system: You are a helpful assistant.
user:
Analyze the provided spectrum to determine if it is a **Carbon Star (C-type)**.

- **Key Visual Indicators of Carbon Star:**
    - **(Primary):** Strong molecular absorption from **C₂ (diatomic carbon) "Swan Bands."** This is the **defining feature** of a carbon star.
        - **(Key Bandheads):** Sharp absorption edges are visible at approximately $5635$ Å, $5165$ Å (the strongest band), and $4737$ Å.
        - **(Line Profile):** Creates a distinct **"saw-tooth"** pattern. The key morphology is a sharp, steep bandhead on the **red (long-wavelength) side**, which then gradually tapers off (i.e., flux recovers) towards the **blue (short-wavelength) side**. *(This is the direct opposite of the TiO bands seen in M-type stars)*.

    - **(Secondary):** Intense **CN (cyanogen)** molecular absorption bands.
        - **(Key Bandheads):** Located in the blue and violet regions of the spectrum (e.g., near $4215$ Å and $3883$ Å).
        - **(Morphology):** These bands are extremely broad and act as a "blanket," absorbing the vast majority of blue and violet light. This creates a characteristic **"cliff"** or **"steep drop-off"** in the spectrum's flux at short wavelengths.

    - **(Key Confirmation):** Strong **CH absorption band (G-band)**.
        - **(Key Bandhead):** Located around $4300$ Å. The contribution from CH molecules to this band is exceptionally strong.

    - **(Overall Spectrum):**
        - The continuum is severely "chopped up" by these deep molecular bands, especially C₂, rather than appearing as a smooth curve.
        - Due to the heavy CN and C₂ absorption in the blue-green, the vast majority of the star's flux is concentrated in the red part of the spectrum, giving the star its characteristic deep red color.

Think first, call **spectral_visualization_tool** if needed to examine features in detail, then provide your final answer. Your response must adhere to the following strict rules:
1.  **Overall Structure:** Your response must follow the format `<think>...</think> <tool_call>...</tool_call> (if a tool is used) <answer>...</answer>`.
2.  **Tool Usage Constraint:** You may only make **one** tool call per turn.
3.  **Final Answer Format:** In the `<answer>` tag, your conclusion must be inside a `\boxed{}` command (e.g., `\boxed{YES}`), followed by your justification.

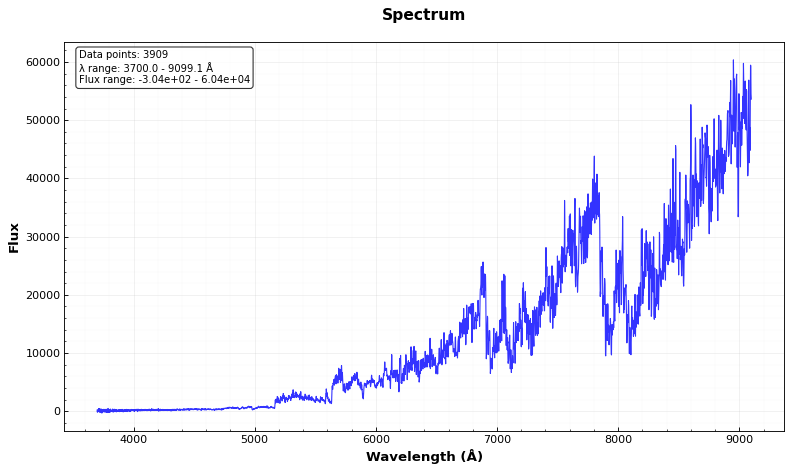
Answer: YES